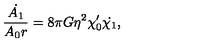
{ \frac { \dot { A _ { 1 } } } { A _ { 0 } r } } = 8 \pi G \eta ^ { 2 } \chi _ { 0 } ^ { \prime } \dot { \chi _ { 1 } } ,